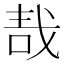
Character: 𠳆